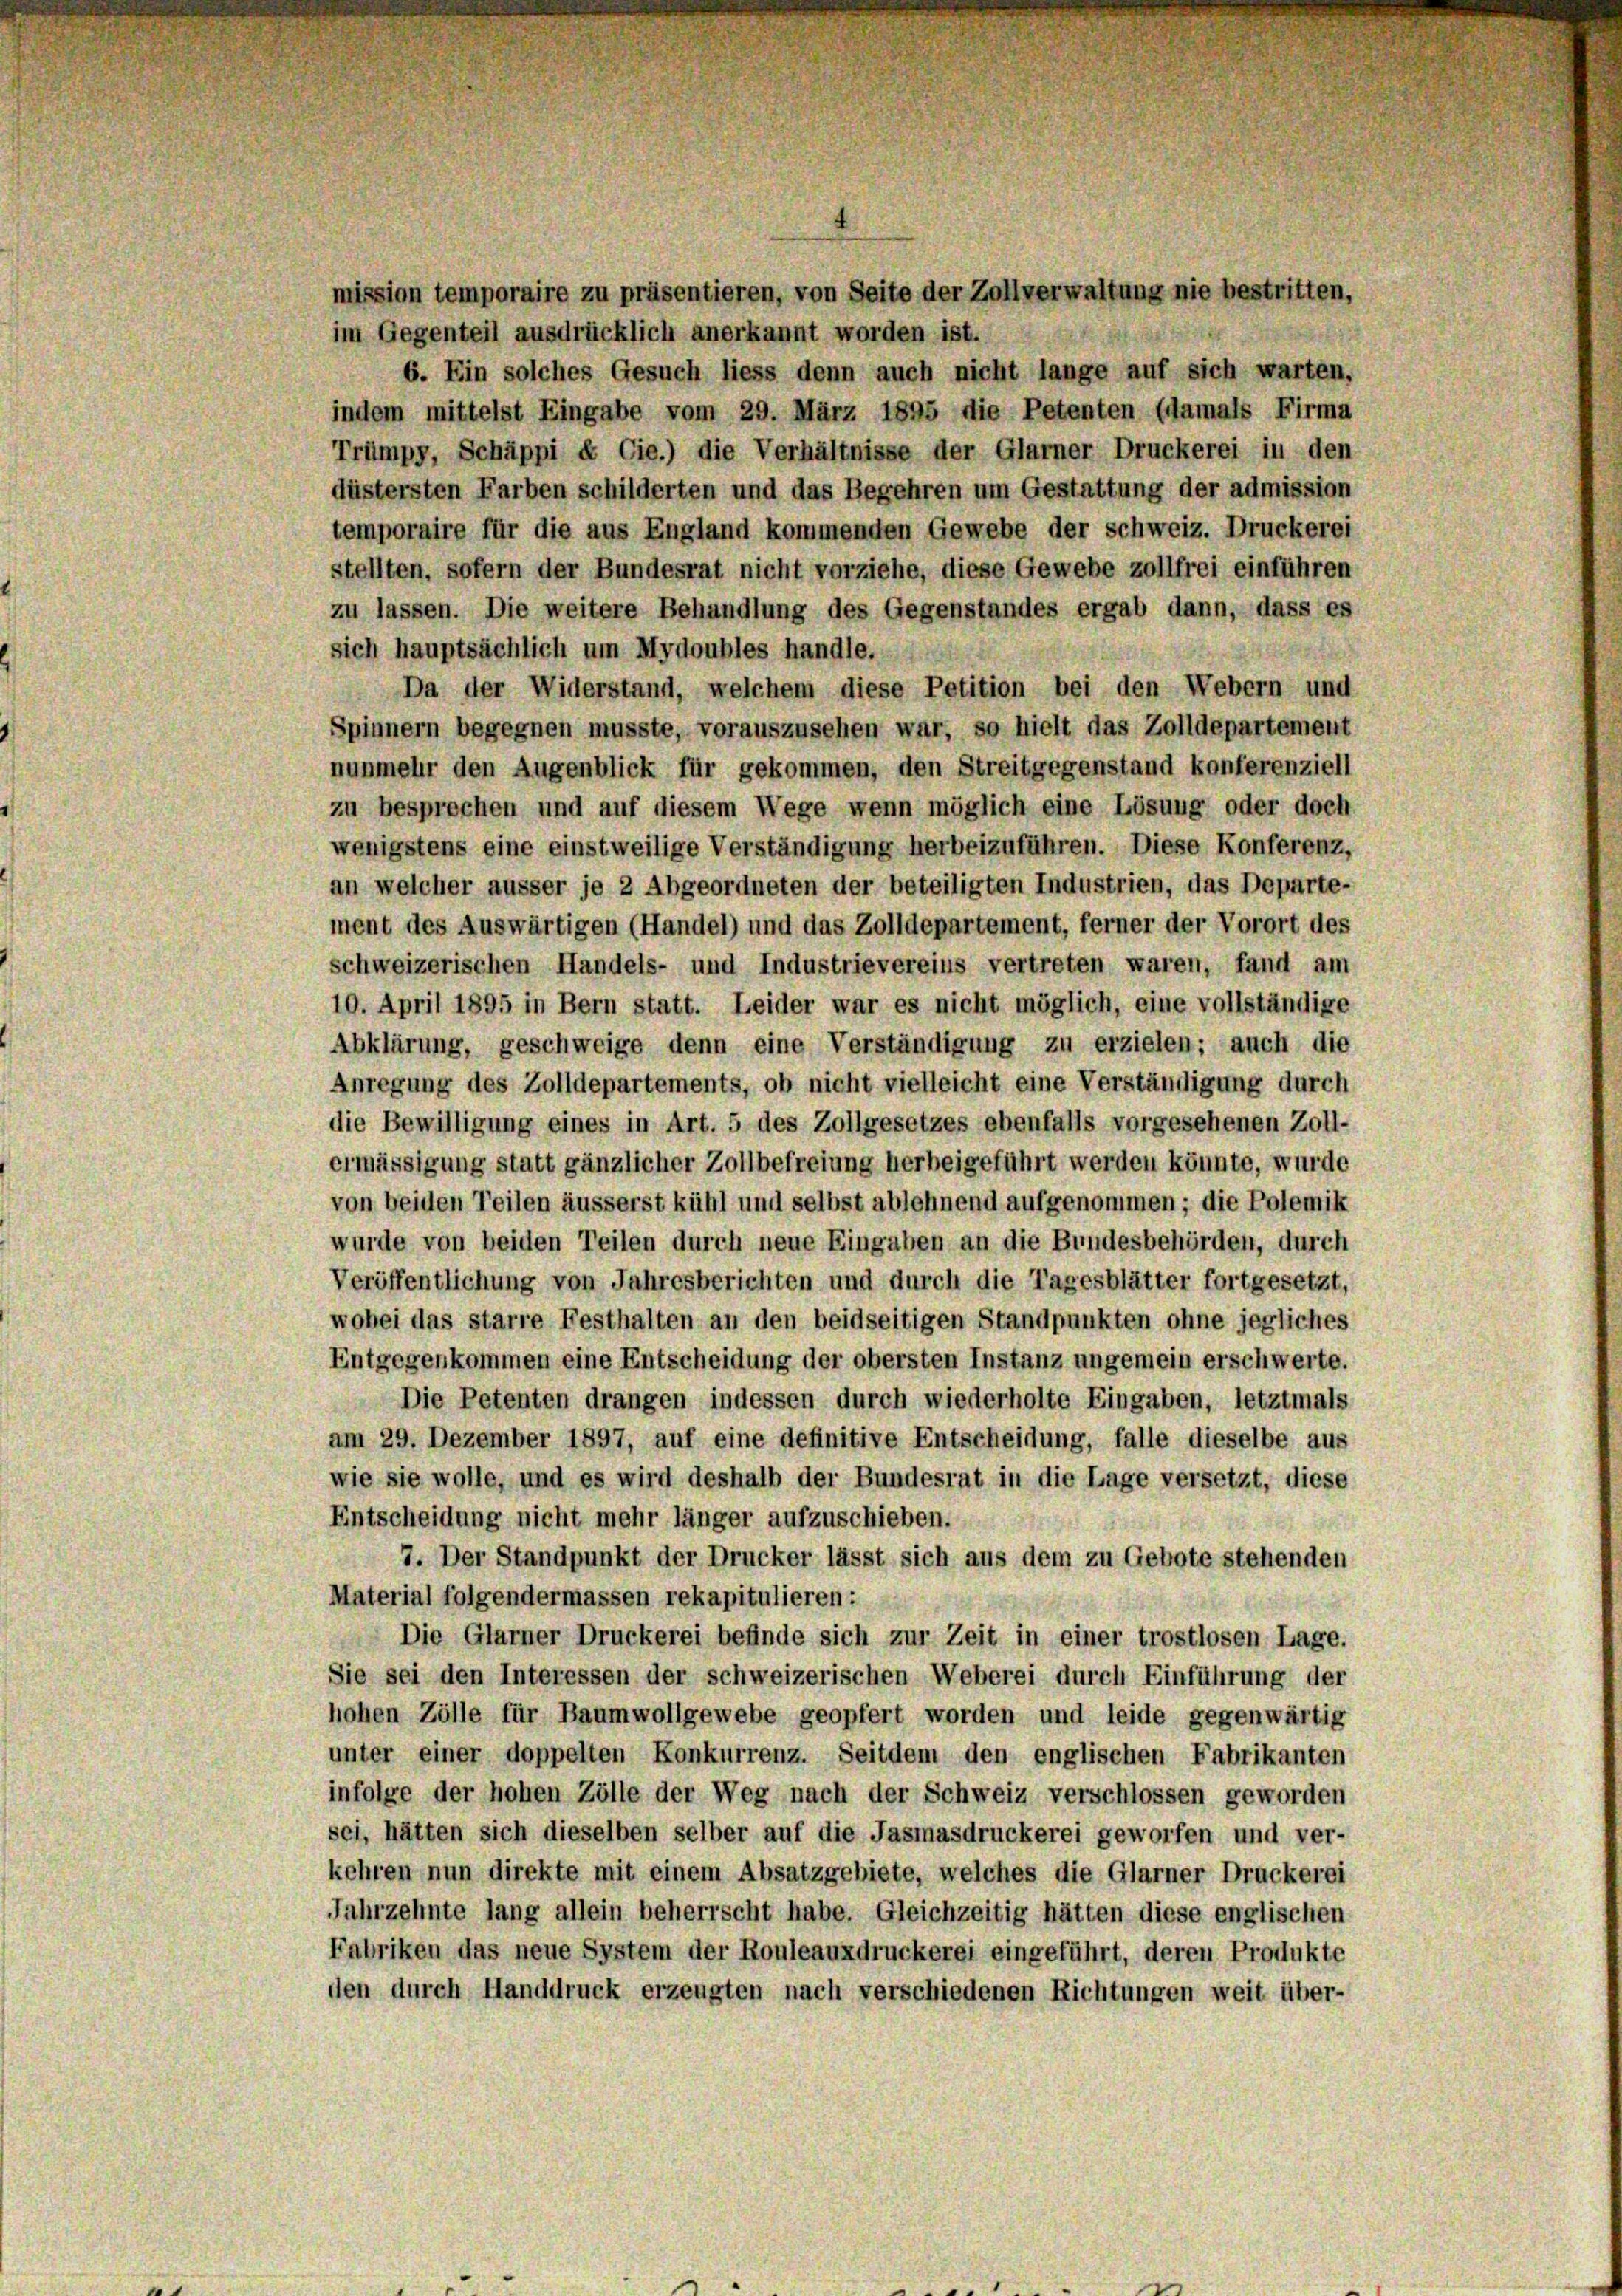
mission temporaire zu präsentieren, von Seite der Zollverwaltung nie bestritten,
im Gegenteil ausdrücklich anerkannt worden ist.
6. Ein solches Gesuch liess denn auch nicht lange auf sich warten,
indem mittelst Eingabe vom 29. März 1895 die Petenten (damals Firma
Trümpp, Schäppi & Cie.) die Verhältnisse der Glarner Druckerei in den
düstersten Farben schilderten und das Begehren um Gestattung der admission
temporaire für die aus England kommenden Gewebe der Schweiz. Druckerei
stellten, sofern der Bundesrat nicht vorziehe, diese Gewebe zollfrei einführen
zu lassen. Die weitere Behandlung des Gegenstandes ergab dann, dass es
sich hauptsächlich um Mydoubles handle.
Da der Widerstand, welchem diese Petition bei den Webern und
Spinnern begegnen musste, vorauszusehen war, so hielt das Zolldepartement
nunmehr den Augenblick für gekommen, den Streitgegenstand konferenziell
zu besprechen und auf diesem Wege wenn möglich eine Lösung oder doch
wenigstens eine einstweilige Verständigung herbeizuführen. Diese Konferenz,
an welcher äusser je 2 Abgeordneten der beteiligten Industrien, das Departe-
ment des Auswärtigen (Handel) und das Zolldepartement, ferner der Vorort des
schweizerischen Handels- und Industrievereins vertreten waren, fand am
10. April 1895 in Bern statt. Leider war es nicht möglich, eine vollständige
Abklärung, geschweige denn eine Verständigung zu erzielen; auch die
Anregung des Zolldepartements, ob nicht vielleicht eine Verständigung durch
die Bewilligung eines in Art. 5 des Zollgesetzes ebenfalls vorgesehenen Zoll-
ermässigung statt gänzlicher Zollbefreiung herbeigeführt werden könnte, wurde
von beiden Teilen äusserst kühl und selbst ablehnend aufgenommen; die Polemik
wurde von beiden Teilen durch neue Eingaben an die Bundesbehörden, durch
Veröffentlichung von Jahresberichten und durch die Tagesblätter fortgesetzt,
wobei das starre Festhalten an den beidseitigen Standpunkten ohne jegliches
Entgegenkommen eine Entscheidung der obersten Instanz ungemein erschwerte.
Die Petenten drangen indessen durch wiederholte Eingaben, letztmals
am 29. Dezember 1897, auf eine definitive Entscheidung, falle dieselbe aus
wie sie wolle, und es wird deshalb der Bundesrat in die Lage versetzt, diese
Entscheidung nicht mehr länger aufzuschieben.
.
7. Der Standpunkt der Drucker lässt sich aus dem zu Gebote stehenden
Material folgendermassen rekapitulieren:
Die Glarner Druckerei befinde sich zur Zeit in einer trostlosen Lage.
Sie sei den Interessen der schweizerischen Weberei durch Einführung der
hohen Zölle für Baumwollgewebe geopfert worden und leide gegenwärtig
unter einer doppelten Konkurrenz. Seitdem den englischen Fabrikanten
infolge der hohen Zölle der Weg nach der Schweiz verschlossen geworden
sei, hätten sich dieselben selber auf die Jasmasdruckerei geworfen und ver-
kehren nun direkte mit einem Absatzgebiete, welches die Glarner Druckerei
Jahrzehnte lang allein beherrscht habe. Gleichzeitig hätten diese englischen
Fabriken das neue System der Rouleauxdruckerei eingeführt, deren Produkte
den durch Handdruck erzeugten nach verschiedenen Richtungen weit über-